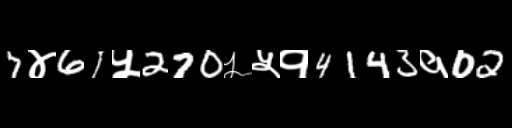
Text: 7४61५270५५१4143१02